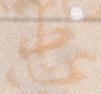
忠